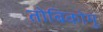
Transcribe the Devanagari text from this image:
तोबिकोमु